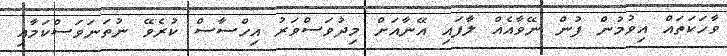
ވާހަކަތައް އިވުމުން ފުން ނޭވާއެއް ލާފައި އޭނާއަށް މިދުވަސްވަރު އިހްސާސް ކުރެވޭ ނުތަނަވަސްކަމާއި